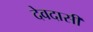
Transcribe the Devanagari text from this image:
देवदासीं